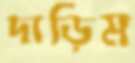
দাড়িম